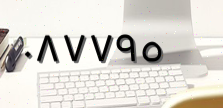
٠٨٧٧٩٥